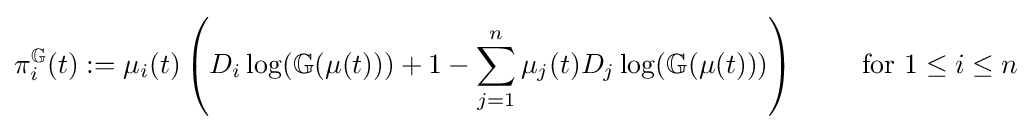
\pi _{i}^{\mathbb {G} }(t):=\mu _{i}(t)\left(D_{i}\log(\mathbb {G} (\mu (t)))+1-\sum _{j=1}^{n}\mu _{j}(t)D_{j}\log(\mathbb {G} (\mu (t)))\right)\qquad {\text{ for }}1\leq i\leq n